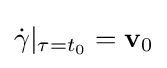
{\dot {\gamma }}|_{\tau =t_{0}}=\mathbf {v} _{0}